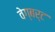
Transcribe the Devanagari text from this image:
वेग्बर्ट